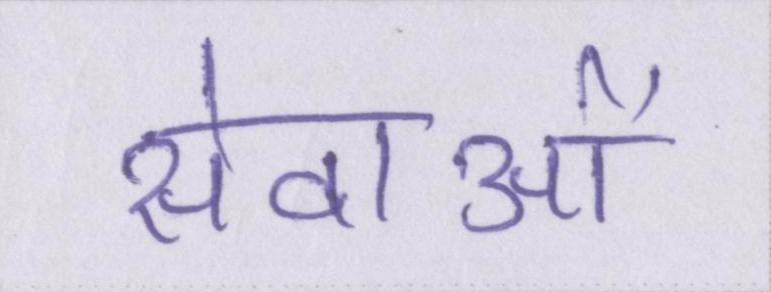
सेवाओं